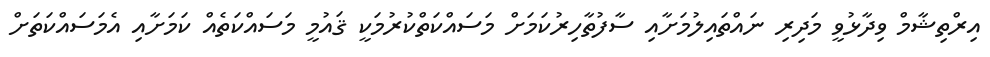
އިރްތިޝާމް ވިދާޅުވީ މަދިރި ނައްތައިލުމަށާއި ސާފުތާހިރުކަަމަށް މަސައްކަތްކުރުމަކީ ޤައުމީ މަސައްކަތެއް ކަަމަށާއި އެމަސައްކަތަށް